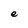
Character: e